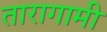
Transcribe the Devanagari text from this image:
तारागामी